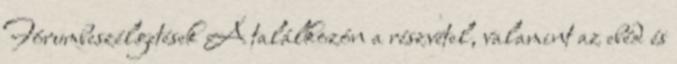
Fórumbeszélgetések A találkozón a részvétel, valamint az ebéd és